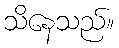
သိနေသည်။